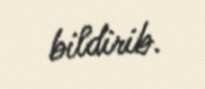
bildirib.